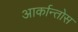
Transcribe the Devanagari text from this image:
आर्कान्तोस